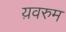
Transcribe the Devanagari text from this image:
य़वरुम